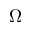
\Omega